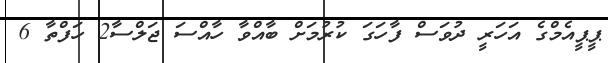
ޕީޕީއެމްގެ އަހަރީ ދުވަސް ފާހަގަ ކުރުމަށް ބާއްވާ ހާއްސަ ޖަލްސާ2 ހަފްތާ 6